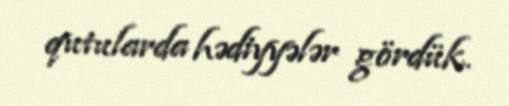
qutularda hədiyyələr gördük.